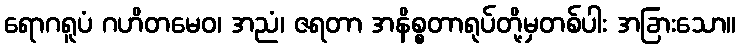
ရောဂရူပံ ဂဟိတမေဝ၊ အညံ၊ ဇရတာ အနိစ္စတာရုပ်တို့မှတစ်ပါး အခြားသော။